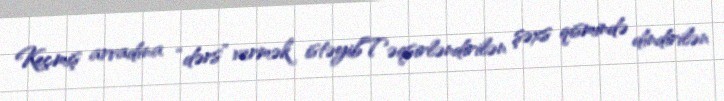
Keçmiş arvadına “dərs” vermək istəyibTəqsirləndirilən şəxs qismində dindirilən